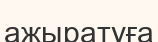
ажыратуға